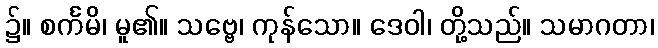
၌။ စင်္ကမိ၊ မူ၏။ သဗ္ဗေ၊ ကုန်သော။ ဒေဝါ၊ တို့သည်။ သမာဂတာ၊